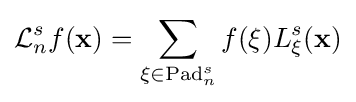
{\mathcal {L}}_{n}^{s}f(\mathbf {x} )=\sum _{\mathbf {\xi } \in \operatorname {Pad} _{n}^{s}}f(\mathbf {\xi } )L_{\mathbf {\xi } }^{s}(\mathbf {x} )